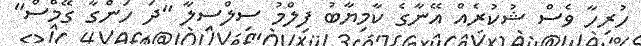
ހުރިހާ ވެސް ޝުކުރެއް އޭނާގެ ކާމިޔާބު ފިލްމު ސިލްސިލާ "ދަ ހަންގާ ގޭމްސް"